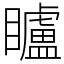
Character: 矑